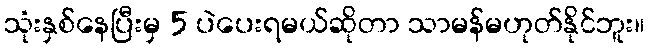
သုံးနှစ်နေပြီးမှ 5 ပဲပေးရမယ်ဆိုတာ သာမန်မဟုတ်နိုင်ဘူး။